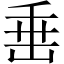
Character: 𡸁